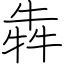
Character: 犇